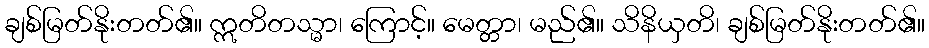
ချစ်မြတ်နိုးတတ်၏။ ဣတိတသ္မာ၊ ကြောင့်။ မေတ္တာ၊ မည်၏။ သိနိယှတိ၊ ချစ်မြတ်နိုးတတ်၏။